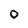
Character: 0